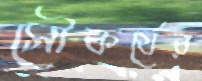
সৌকর্যের